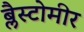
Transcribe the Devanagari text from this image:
ब्लैस्टोमीर